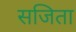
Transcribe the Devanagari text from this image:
सजिता